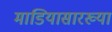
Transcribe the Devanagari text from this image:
माडियासारख्या